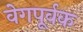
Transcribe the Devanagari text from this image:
वेगपूर्वक